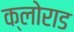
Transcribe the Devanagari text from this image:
क्लोराड